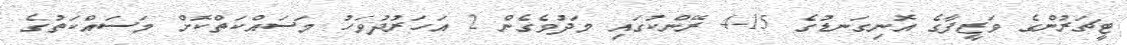
ޓީޗަރުންގެ ވަޒީފާގެ އޮނިގަނޑުގެ 15-4 ރޭންކުގައި މަދުވެގެން 2 އަހަރުދުވަހު މަސައްކަތްކޮށް މަސައްކަތުގެ